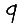
Digit: 9